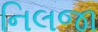
નિલજા